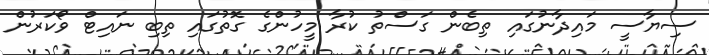
ސިޔާސީ މައިދާނުގައި ތިބެން ގަސްތު ކުރާ މީހުންގެ ގޮތުގައި ތިބި ނައިޓް ވޯކަރުން